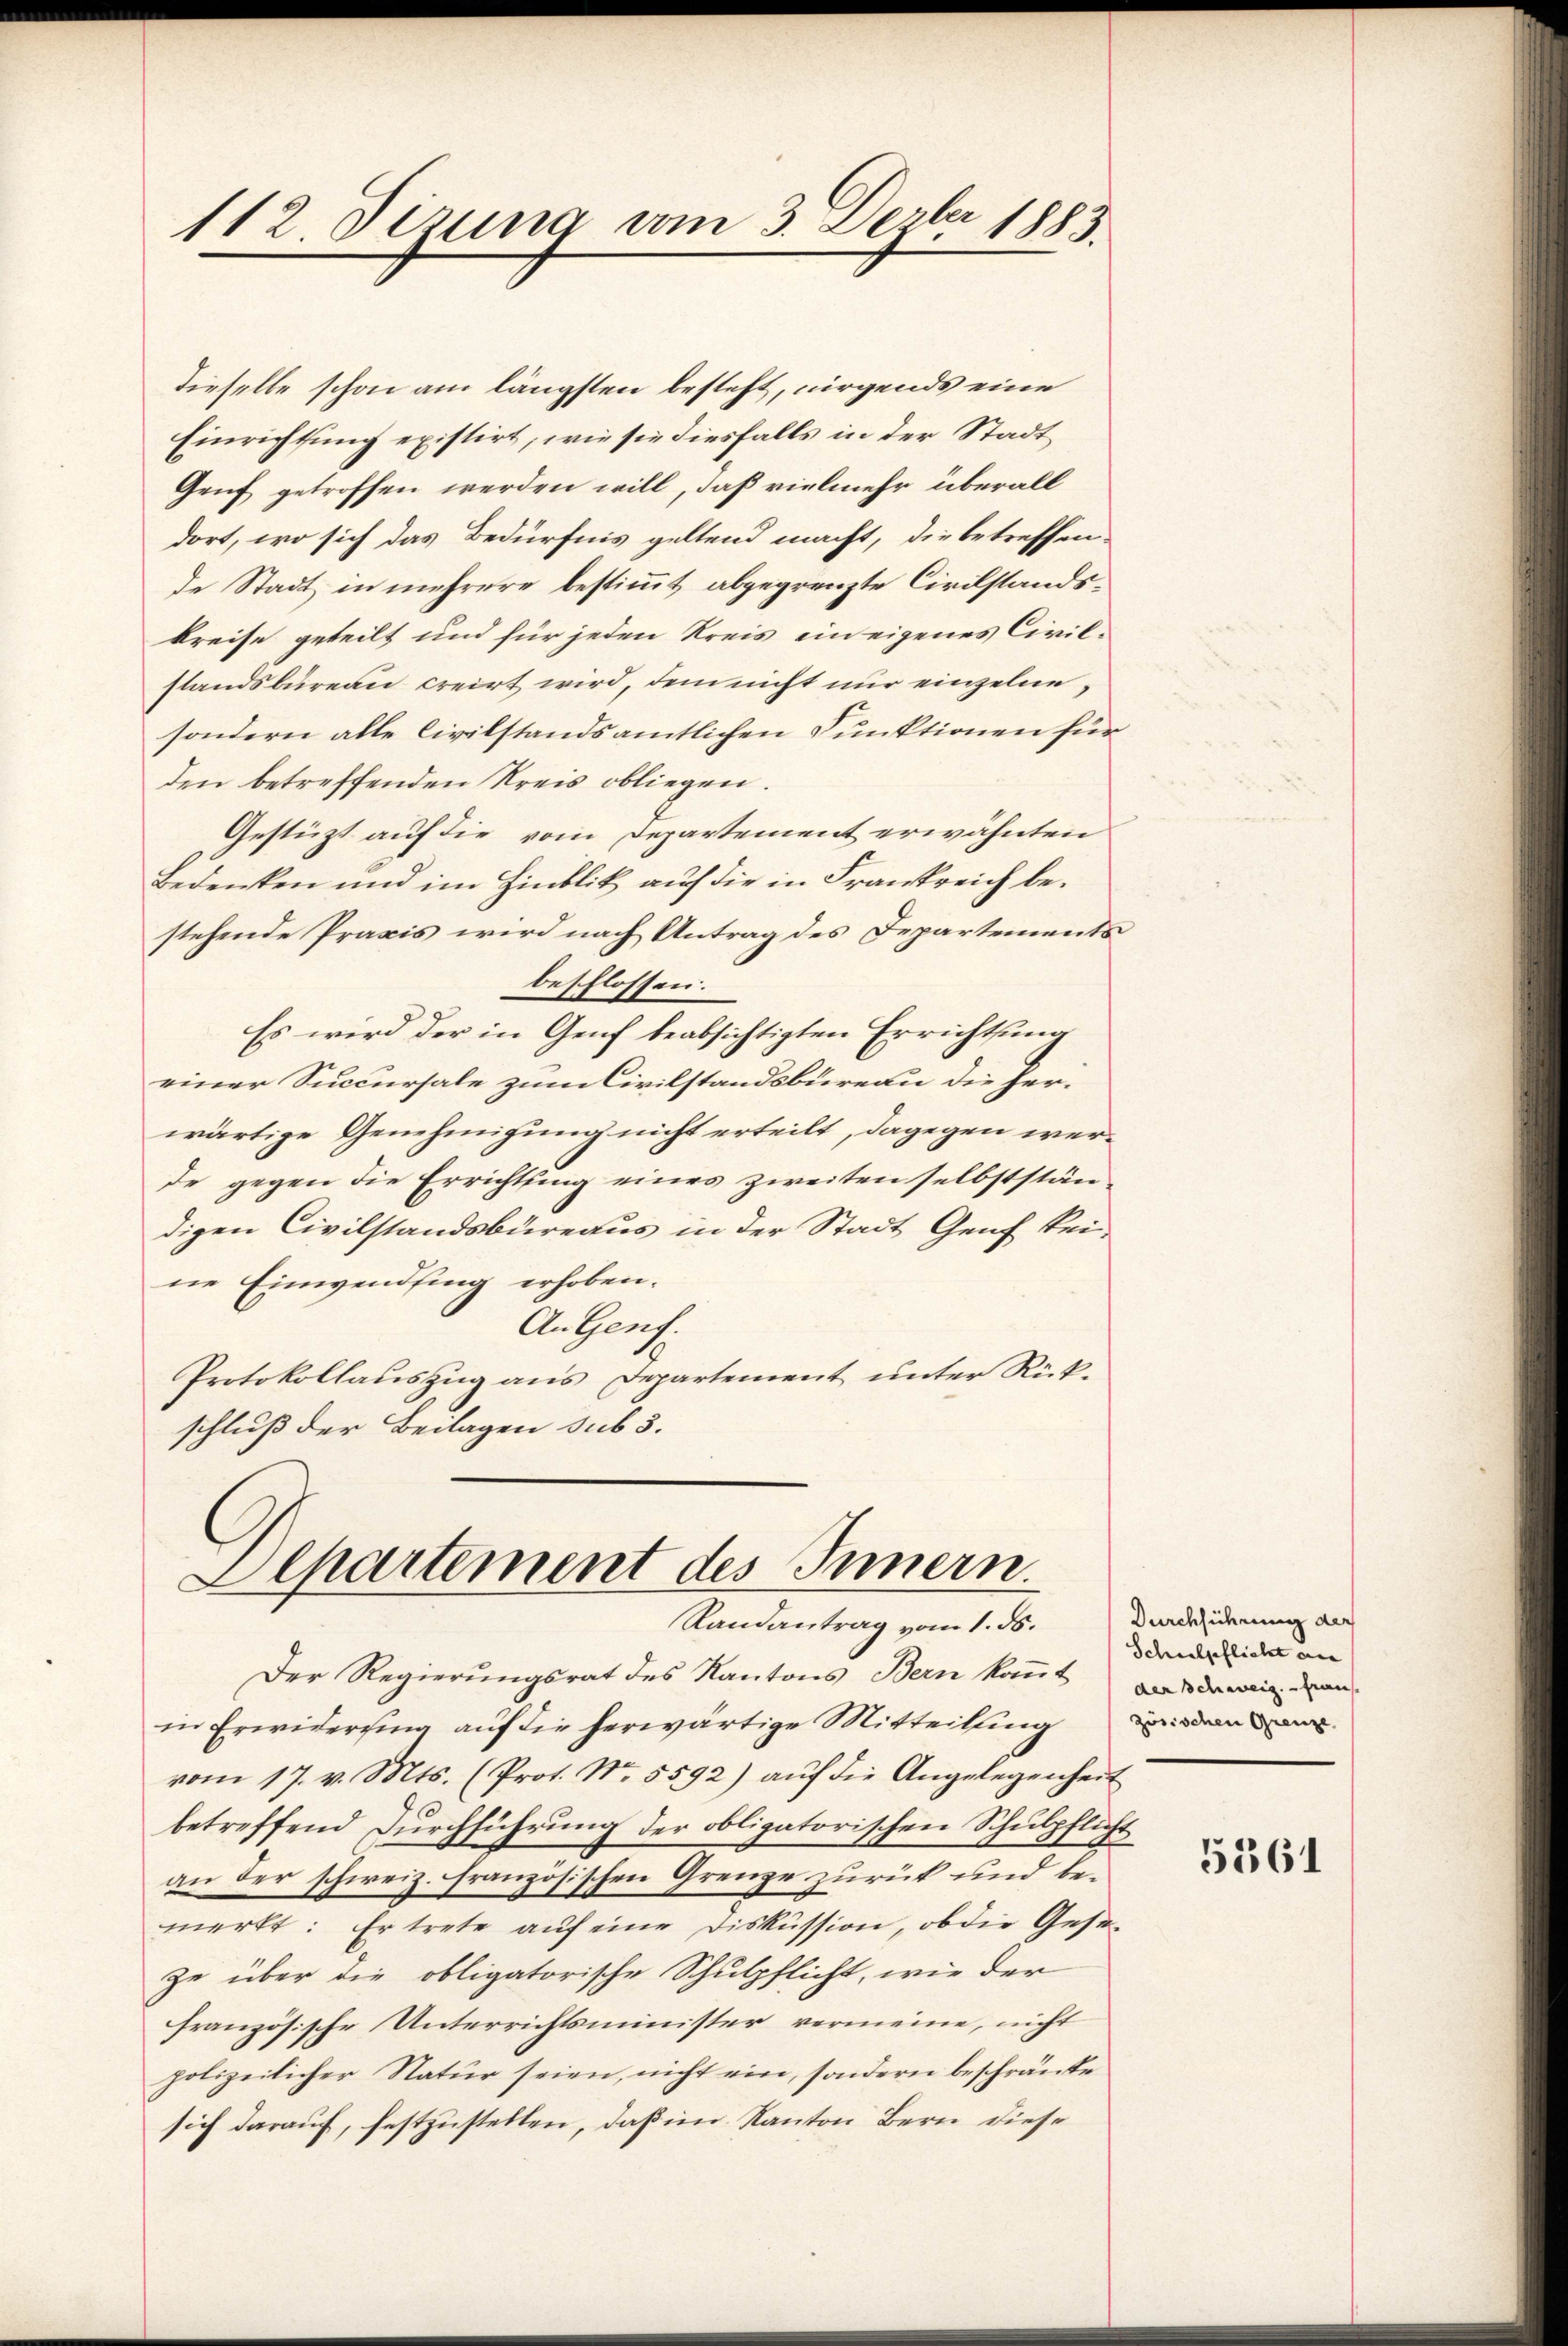
112. Dizuna vom 3. Dezbr 1883.

dieselbe schon am längsten besteht, nirgends eine
Einrichtung existirt, wie sie diesfalls in der Stadt¬
Genf getroffen werden will, daß vielmehr überall
dort, wo sich das Bedürfnis geltend macht, die betreffen-
de Stadt in mehrere bestimmt abgegrenzte Civilstandskreise geteilt und für jeden Kreis ein eigenes Civilstandsbüreau creirt wird, dem nicht nur einzelnesondern alle Civilstandsamtlichen Punktionen für
den betreffenden Kreis obliegen.
Gestüzt auf die vom Departement erwähnten
Bedenken und im Hinblik auf die in Frankreich bestehende Praxis wird nach Antrag des Departements
beschlossen.
Es wird der in Genf beabsichtigten Errichtung
einer Succursale zum Civilstandsbüreau die herwärtige Genehmigung nicht erteilt, dagegen werde gegen die Errichtung eines zweiten selbstständigen Civilstandsbüreaus in der Stadt Genf keine Einwending erhoben.
An Genf.
Protokollauszug aus Departement unter Rückschluß der Beilagen sub 3.
Aepartement des Innern.
Randantrag vom 1. ds. Derseiderung der
Der Regierungsrat des Kantons Bern kannt drei an
in Erwidersing auf die herwärtige Mitteiling
vom 17. v. Mts. (Prot. No. 5592) auf die Angelegenheit
betreffend Durchführung der obligatorischen Schulpflicht
an der schweiz. französischen Grenze zurück und bemerkt: Er trete auf eine Diskussion, ob die Geseze über die obligatorische Schulpflicht, wie der
französische Unterrichtsminister vermeine, nicht
polizeilicher Natur seien, nicht ein, sondern beschränke
sich darauf, festzustellen, daß im Kanton Bern diese

Schulpflicht an
zösischen Grenze

5361